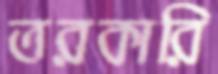
তরকারি